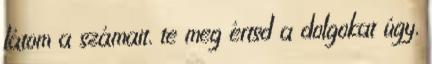
látom a számait, te meg értsd a dolgokat úgy,